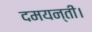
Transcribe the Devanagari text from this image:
दमयन्ती।